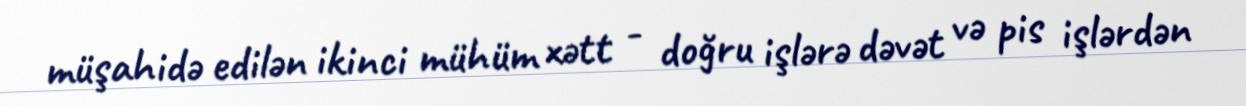
müşahidə edilən ikinci mühüm xətt - doğru işlərə dəvət və pis işlərdən